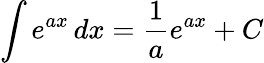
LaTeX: \int e^{ax}\, dx={\frac{1}{a}}e^{ax}+C